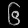
Digit: ၆